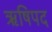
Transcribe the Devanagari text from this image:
ऋषिपद